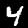
Digit: 4